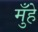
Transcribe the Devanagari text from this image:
मुँहे